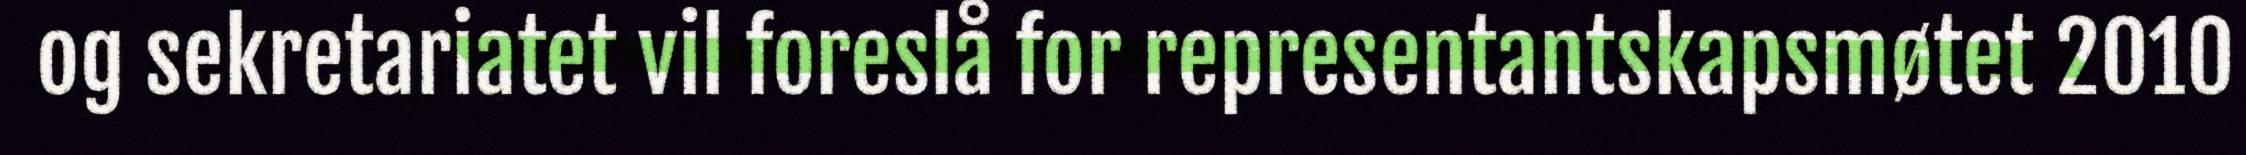
og sekretariatet vil foreslå for representantskapsmøtet 2010